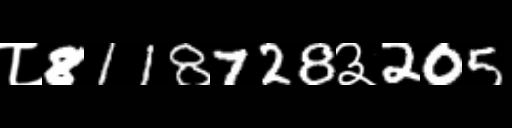
Text: ८8118728३205